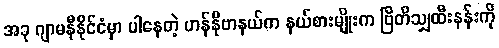
အခု ဂျာမနီနိုင်ငံမှာ ပါနေတဲ့ ဟန်နိုဗာနယ်က နယ်စားမျိုးက ဗြိတိသျှထီးနန်းကို